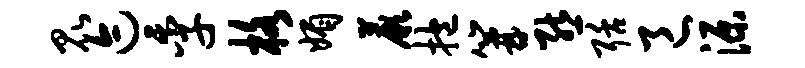
昆迹季格媚蕨抱篝熊聒邑源